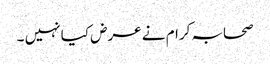
صحابہ کرام نے عرض کیا نہیں ۔